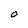
Character: 0